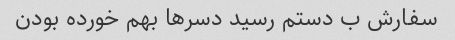
سفارش ب دستم رسید دسرها بهم خورده بودن